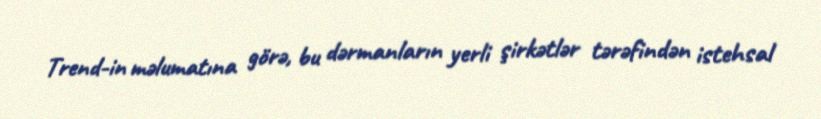
Trend-in məlumatına görə, bu dərmanların yerli şirkətlər tərəfindən istehsal